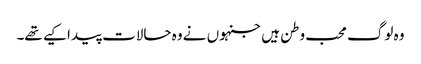
وہ لوگ محب وطن ہیں جنہوں نے وہ حالات پیدا کیے تھے۔